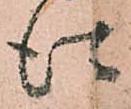
仕